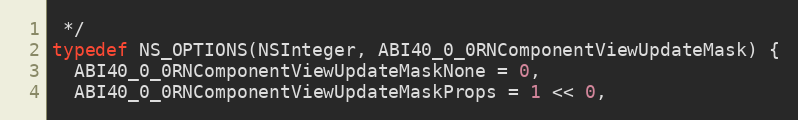
Language: C
 */
typedef NS_OPTIONS(NSInteger, ABI40_0_0RNComponentViewUpdateMask) {
  ABI40_0_0RNComponentViewUpdateMaskNone = 0,
  ABI40_0_0RNComponentViewUpdateMaskProps = 1 << 0,